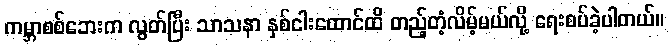
ကမ္ဘာစစ်ဘေးက လွတ်ပြီး သာသနာ နှစ်ငါးထောင်ထိ တည့်တံ့လိမ့်မယ်လို့ ရေးစပ်ခဲ့ပါတယ်။